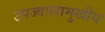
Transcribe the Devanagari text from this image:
उपज्वालामुखीय